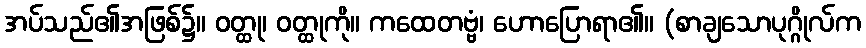
အပ်သည်၏အဖြစ်၌။ ဝတ္ထု၊ ဝတ္ထုကို။ ကထေတဗ္ဗံ၊ ဟောပြောရာ၏။ (စာချသောပုဂ္ဂိုလ်က